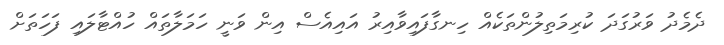
ދެމެދު ވަރުގަދަ ކުރިމަތިލުންތަކެއް ހިނގާފައިވާއިރު އައިއެސް އިން ވަނީ ހަމަލާތައް ހުއްޓާލައި ފަހަތަށް